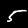
Label: 5